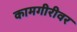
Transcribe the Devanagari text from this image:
कामगीरीवर